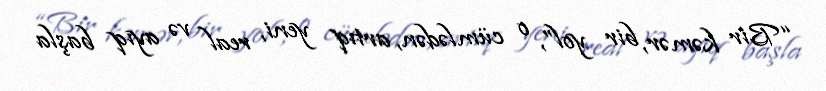
“Bir kəmər, bir yol”, o cümlədən, artıq yeni, real və ayıq başla